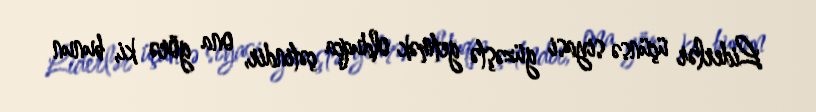
Liderlər üçünsə siyasi güzəştə getmək olduqca çətindir, ona görə ki, bunun